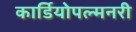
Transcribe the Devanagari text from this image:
कार्डियोपल्मनरी